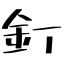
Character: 釘